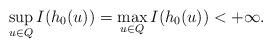
LaTeX: \begin{align*}\sup_{u\in Q}I(h_0(u)) = \max_{u \in Q}I(h_0(u)) <+\infty.\end{align*}